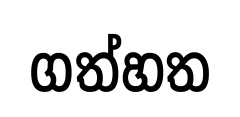
ගත්හත